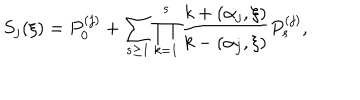
S _ { j } ( \xi ) = P _ { 0 } ^ { ( j ) } + \sum _ { s \geq 1 } \prod _ { k = 1 } ^ { s } \frac { k + ( \alpha _ { j } , \xi ) } { k - ( \alpha _ { j } , \xi ) } P _ { s } ^ { ( j ) } ,